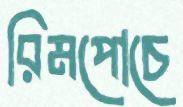
রিমপোচে